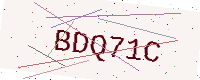
Text: BDQ71C